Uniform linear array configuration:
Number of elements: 8
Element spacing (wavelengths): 0.25
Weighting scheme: hann
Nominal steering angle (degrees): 30
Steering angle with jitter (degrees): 29.327
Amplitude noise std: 0.05
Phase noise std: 0.05

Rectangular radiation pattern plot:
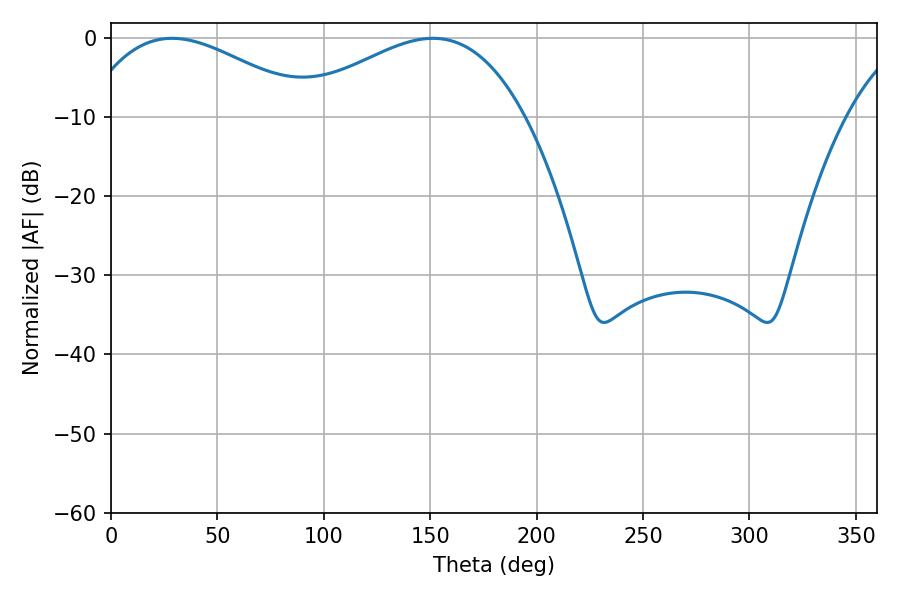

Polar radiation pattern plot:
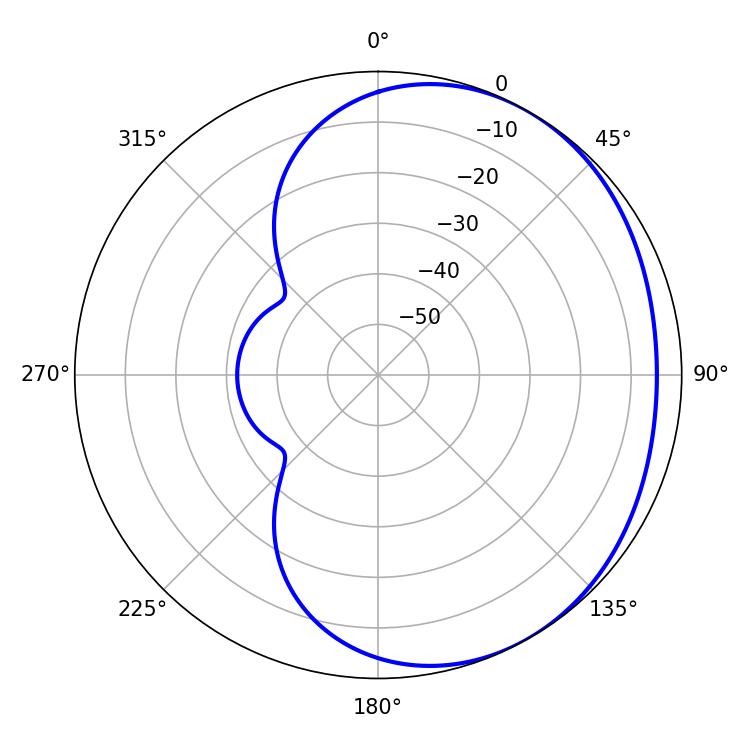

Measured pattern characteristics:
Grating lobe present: FALSE
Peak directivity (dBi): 2.284
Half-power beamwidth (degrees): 59.58
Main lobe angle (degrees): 28.8